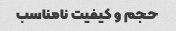
حجم و کیفیت نامناسب